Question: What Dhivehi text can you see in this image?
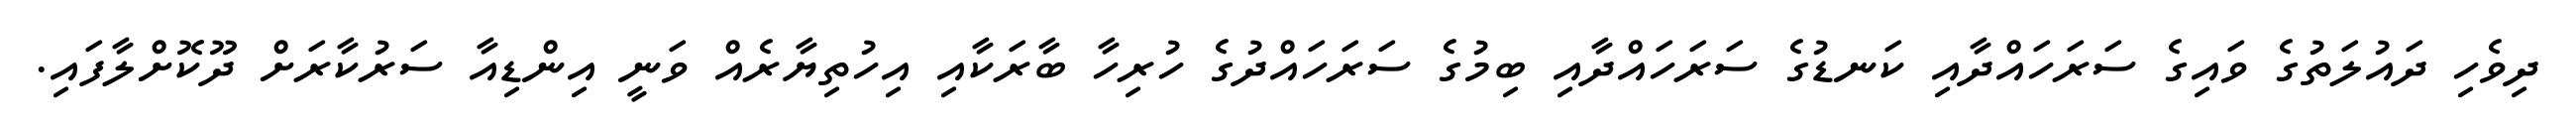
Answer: ދިވެހި ދައުލަތުގެ ވައިގެ ސަރަހައްދާއި ކަނޑުގެ ސަރަހައްދާއި ބިމުގެ ސަރަހައްދުގެ ހުރިހާ ބާރަކާއި އިހުތިޔާރެއް ވަނީ އިންޑިއާ ސަރުކާރަށް ދޫކޮށްލާފައި.